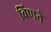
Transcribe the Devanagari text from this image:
विणने